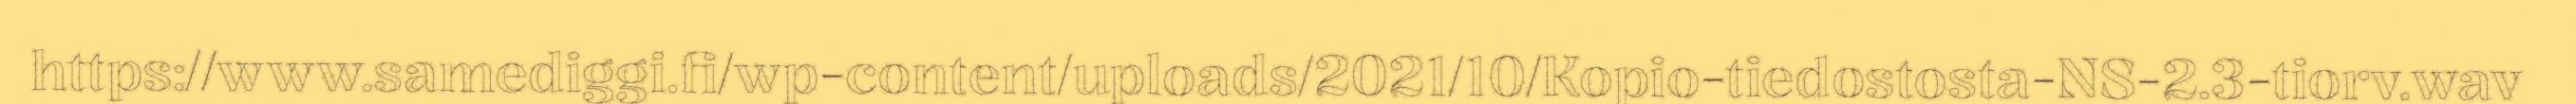
https://www.samediggi.fi/wp-content/uploads/2021/10/Kopio-tiedostosta-NS-2.3-tiorv.wav